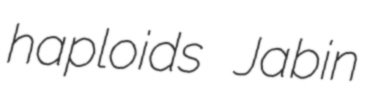
haploids Jabin